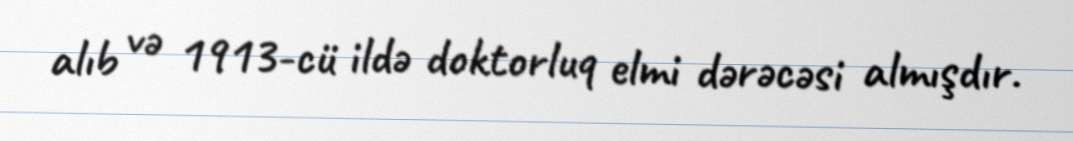
alıb və 1913-cü ildə doktorluq elmi dərəcəsi almışdır.